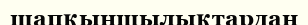
шапқыншылықтардан